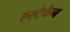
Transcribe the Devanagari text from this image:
एस्टेफैन